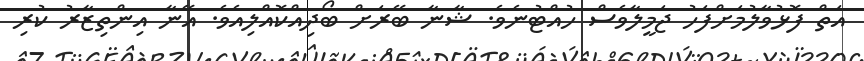
އަތް ފޮޅުވާލުމަށްފަހު ޖަމީލާވެސް ހުއްޓުނެވެ. ޝާނާ ބޭރަށް ބޯދިއްކޮއްލިއެވެ. އޭނާ އިންތިޒާރު ކުރި